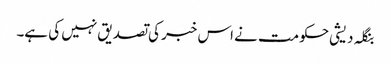
بنگلہ دیشی حکومت نے اس خبر کی تصدیق نہیں کی ہے۔